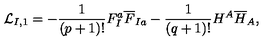
{ \cal L } _ { I , 1 } = - \frac { 1 } { ( p + 1 ) ! } F _ { I } ^ { a } { \overline { F } } _ { I a } - \frac { 1 } { ( q + 1 ) ! } H ^ { A } { \overline { H } } _ { A } ,